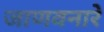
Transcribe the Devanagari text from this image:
जाणवनारे